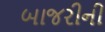
બાજરીની